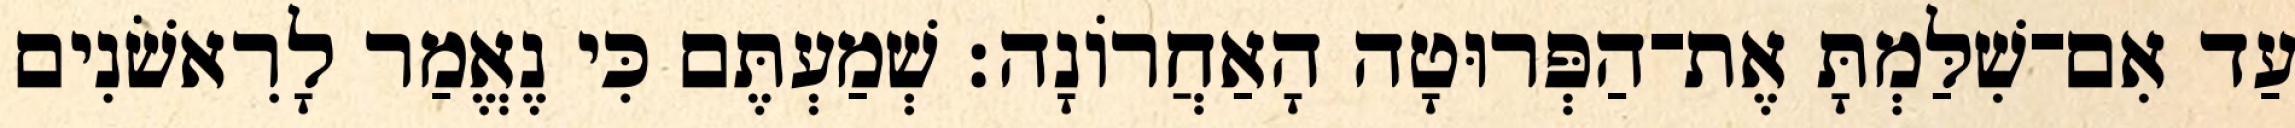
עַד אִם־שִׁלַּמְתָּ אֶת־הַפְּרוּטָה הָאַחֲרוֹנָה׃ שְׁמַעְתֶּם כִּי נֶאֱמַר לָרִאשֹׁנִים